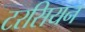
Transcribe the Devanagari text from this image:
टरसियन